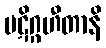
ပဋိဂ္ဂဟီတာနိ